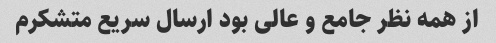
از همه نظر جامع و عالی بود ارسال سریع متشکرم